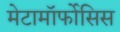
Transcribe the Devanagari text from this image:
मेटामॉर्फोसिस